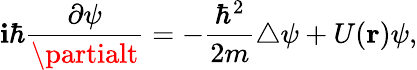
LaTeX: \mathbf{i}\hbar{\frac{{\partial\psi}}{{\partialt}}}=-{\frac{{{\hbar}^{2}}}{{2m}}}\triangle\psi+U({\mathbf{r}})\psi,